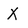
Character: X